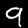
Digit: 9